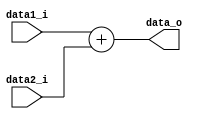
module Adder_32 (
         data1_i,
         data2_i,
         data_o
       );

input [31:0] data1_i;
input [31:0] data2_i;
output [31:0] data_o;

assign data_o = data1_i + data2_i;

endmodule